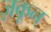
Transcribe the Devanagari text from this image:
ज़कून्